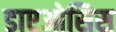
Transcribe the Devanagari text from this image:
डाएओसिस